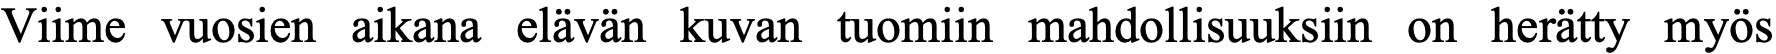
Viime vuosien aikana elävän kuvan tuomiin mahdollisuuksiin on herätty myös